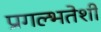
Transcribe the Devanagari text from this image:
प्रगल्भतेशी